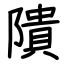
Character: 隤